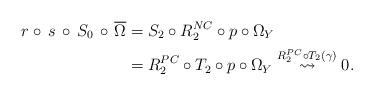
LaTeX: \begin{align*}r\circ\, s\,\circ\, S_0\,\circ\, \overline{\Omega}&= S_2\circ R^{NC}_{2}\circ p\circ \Omega_Y\\ &=R^{PC}_{2}\circ T_2\circ p\circ \Omega_Y \stackrel{R^{PC}_{2}\circ T_2(\gamma)}{\leadsto} 0. \end{align*}